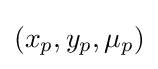
(x_{p},y_{p},\mu _{p})